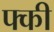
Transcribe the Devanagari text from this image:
फ्की